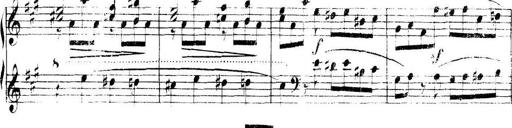
Title: Collected Piano Sonatas
Composer: Muzio Clementi